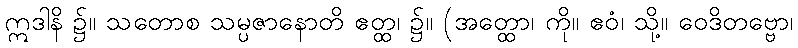
ဣဒါနိ ၌။ သတောစ သမ္ပဇာနောတိ ဧတ္ထ၊ ၌။ (အတ္ထော၊ ကို။ ဧဝံ၊ သို့။ ဝေဒိတဗ္ဗော၊